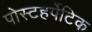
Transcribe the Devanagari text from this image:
पोस्टहर्पेटिक